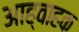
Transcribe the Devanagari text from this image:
आह्वाहक